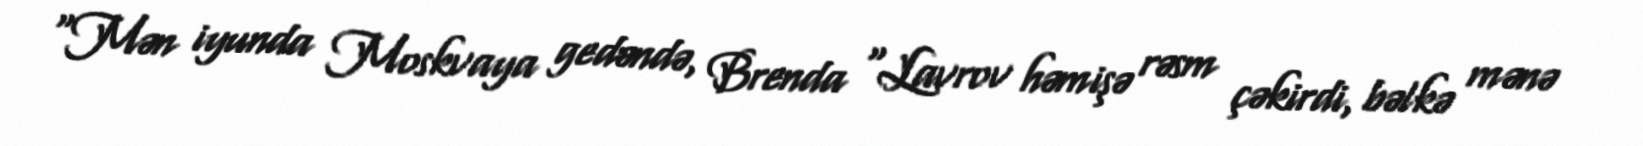
“Mən iyunda Moskvaya gedəndə, Brenda “Lavrov həmişə rəsm çəkirdi, bəlkə mənə